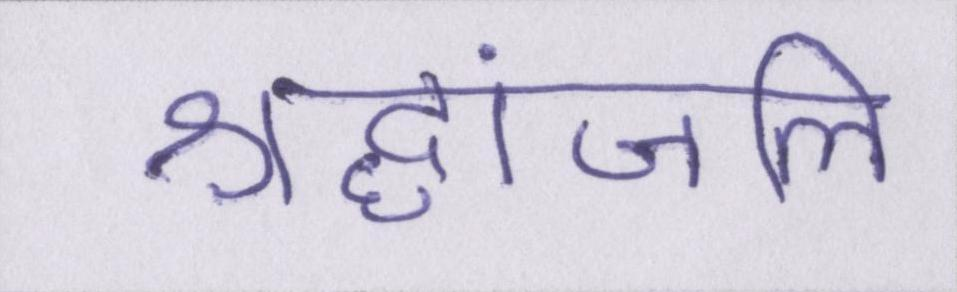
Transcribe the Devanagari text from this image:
श्रद्धांजलि